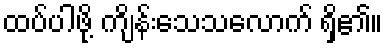
ထပ်ပါဖို့ ကျိန်းသေသလောက် ရှိ၏။